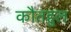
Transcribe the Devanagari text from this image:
कौतहुल